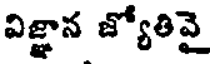
విజ్ఞాన జ్యోతివై